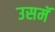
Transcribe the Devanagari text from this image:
उसमॅ